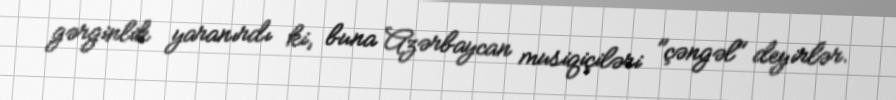
gərginlik yaranırdı ki, buna Azərbaycan musiqiçiləri "çəngəl" deyirlər.